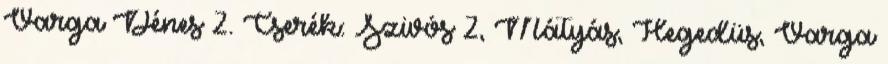
Varga Dénes 2. Cserék: Szivós 2, Mátyás, Hegedüs, Varga